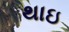
થાઇ